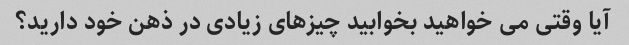
آیا وقتی می خواهید بخوابید چیزهای زیادی در ذهن خود دارید؟